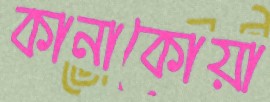
কানাকোয়া